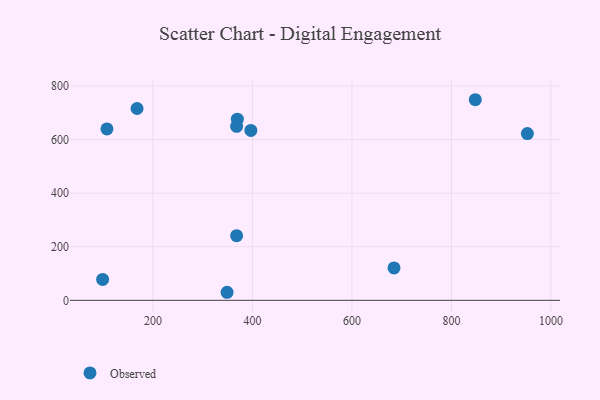
{"axis": {"x": "Experience", "y": "Fuel Efficiency"}, "legend": ["Observed"], "data": [{"x": "848.0", "y": 748.4, "type": "Observed"}, {"x": "952.7", "y": 622.3, "type": "Observed"}, {"x": "98.8", "y": 78.0, "type": "Observed"}, {"x": "369.6", "y": 675.9, "type": "Observed"}, {"x": "349.0", "y": 30.1, "type": "Observed"}, {"x": "368.2", "y": 241.3, "type": "Observed"}, {"x": "396.8", "y": 634.0, "type": "Observed"}, {"x": "168.0", "y": 715.6, "type": "Observed"}, {"x": "368.2", "y": 649.1, "type": "Observed"}, {"x": "684.6", "y": 120.9, "type": "Observed"}, {"x": "107.5", "y": 639.5, "type": "Observed"}]}